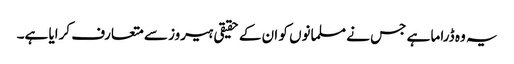
یہ وہ ڈراما ہے جس نے مسلمانوں کو ان کے حقیقی ہیروز سے متعارف کرایا ہے۔